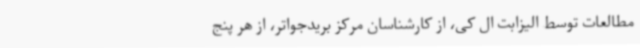
مطالعات توسط الیزابت ال کی، از کارشناسان مرکز بریدجواتر، از هر پنج